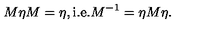
M \eta M = \eta , \mathrm { i . e . } M ^ { - 1 } = \eta M \eta .